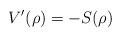
LaTeX: \begin{align*}V'(\rho)=-S(\rho)\end{align*}